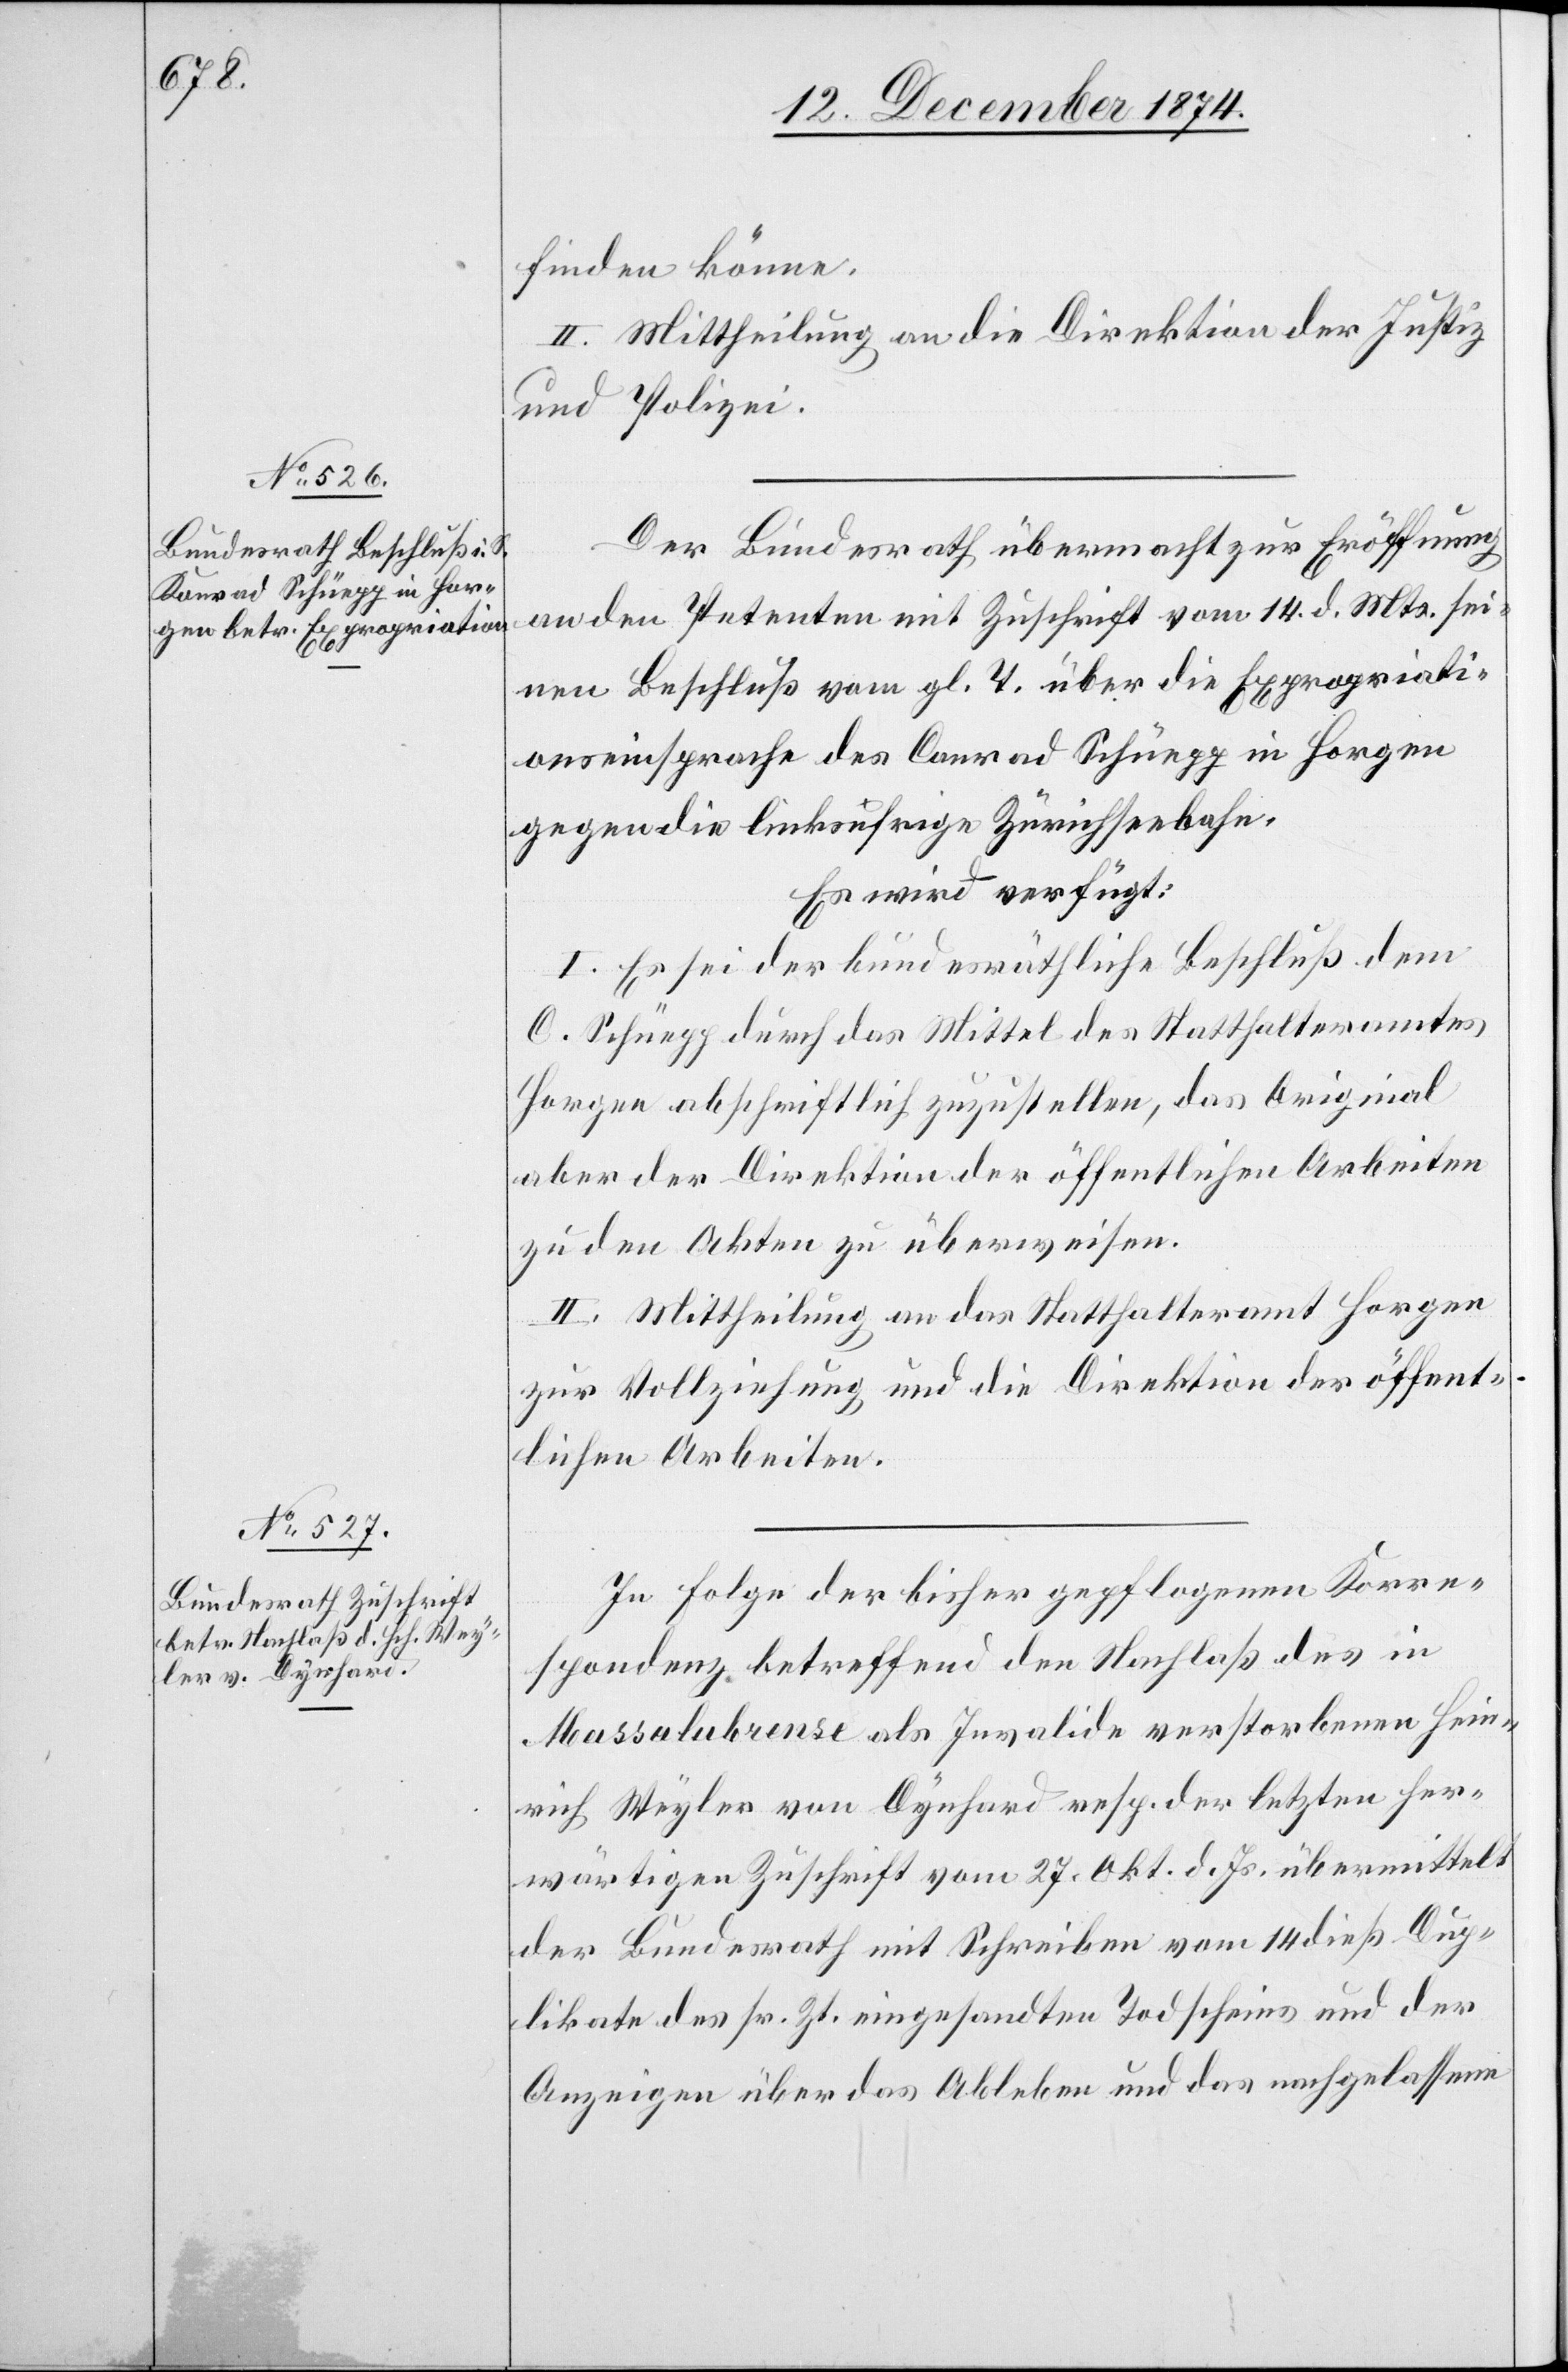
16. Dezember 1874.]
finden könne.
II. Mittheilung an die Direktion der Justiz
und Polizei.
Der Bundesrath übermacht zur Eröffnung
an den Petenten mit Zuschrift vom 14. d. Mts. sei¬
nen Beschluß vom gl. T. über die Expropriati¬
onseinsprache des Conrad Schüepp in Horgen
gegen die linksufrige Zürichseebahn.
Es wird verfügt:
I. Es sei der bundesräthliche Beschluß dem
C. Schüepp durch das Mittel des Statthalteramtes
Horgen abschriftlich zuzustellen, das Original
aber der Direktion der öffentlichen Arbeiten
zu den Akten zu überweisen.
II. Mittheilung an das Statthalteramt Horgen
zur Vollziehung und die Direktion der öffent¬
lichen Arbeiten.
In Folge der bisher gepflogenen Korre¬
spondenz betreffend den Nachlaß des in
Massalubrense als Invalide verstorbenen Hein¬
rich Weyler von Dynhard resp. der letzten her¬
wärtigen Zuschrift vom 27. Okt. d. Js. übermittelt
der Bundesrath mit Schreiben vom 14 dieß Dup¬
likate des sr. Zt. eingesandten Todscheins und der
Anzeigen über das Ableben und das nachgelassene